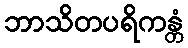
ဘာသိတပရိကန္တံ